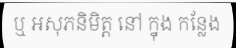
ឬ អសុភនិមិត្ត នៅ ក្នុង កន្លែង